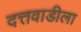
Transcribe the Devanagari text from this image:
दत्तवाडीला